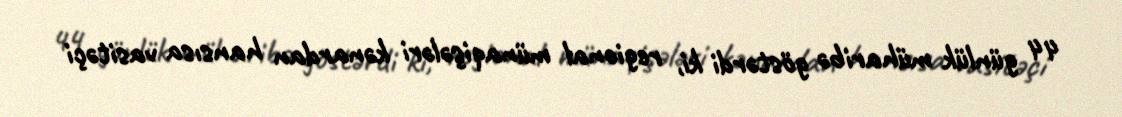
44 günlük müharibə göstərdi ki, regional münaqişələri kənardan hansısa vasitəçi